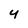
Character: 4